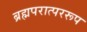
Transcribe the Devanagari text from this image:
ब्रह्मपरात्पररूप